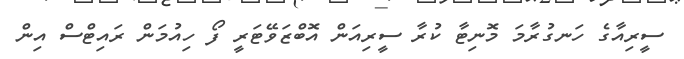
ސީރިއާގެ ހަނގުރާމަ މޮނިޓާ ކުރާ ސީރިއަން އޮބްޒަވޭޓަރީ ފޯ ހިއުމަން ރައިޓްސް އިން